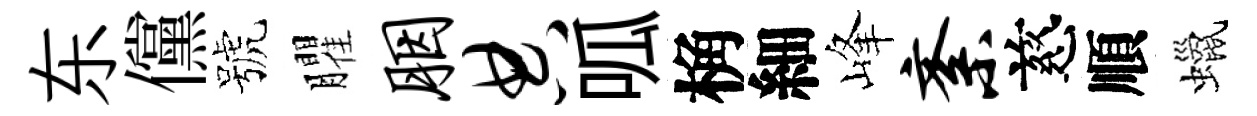
东儻號臞胭典呱桷細峰紊慈順蠟